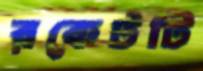
রকেটটি